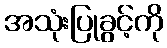
အသုံးပြုခွင့်ကို